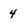
Character: 4